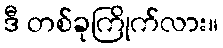
ဒီ တစ်ခုကြိုက်လား။